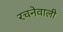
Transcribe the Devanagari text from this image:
रचनेवाली